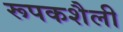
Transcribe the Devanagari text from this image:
रूपकशैली